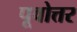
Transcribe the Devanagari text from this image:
पूवोत्तर